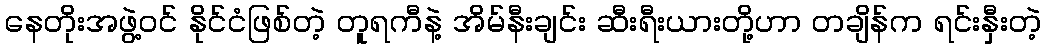
နေတိုးအဖွဲ့ဝင် နိုင်ငံဖြစ်တဲ့ တူရကီနဲ့ အိမ်နီးချင်း ဆီးရီးယားတို့ဟာ တချိန်က ရင်းနှီးတဲ့